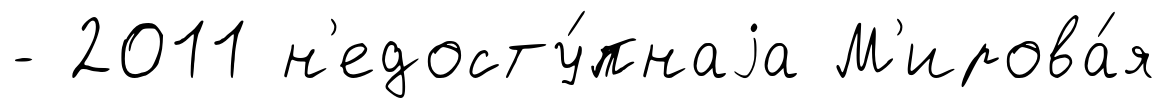
- 2011 н'едосту́пнаjа М'ирова́я